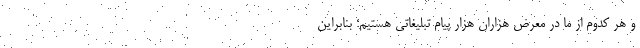
و هر کدوم از ما در معرض هزاران هزار پیام تبلیغاتی هستیم؛ بنابراین